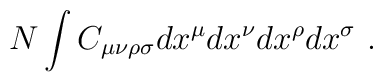
N \int C_{\mu\nu\rho\sigma} dx^\mu dx^\nu dx^\rho dx^\sigma\ .